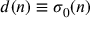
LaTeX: d ( n ) \equiv \sigma _ { 0 } ( n )